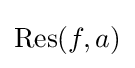
\operatorname {Res} (f,a)